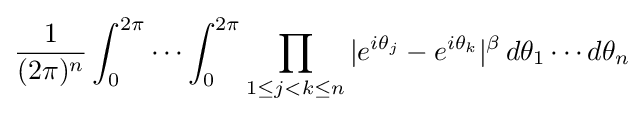
{\frac {1}{(2\pi )^{n}}}\int _{0}^{2\pi }\cdots \int _{0}^{2\pi }\prod _{1\leq j<k\leq n}|e^{i\theta _{j}}-e^{i\theta _{k}}|^{\beta }\,d\theta _{1}\cdots d\theta _{n}